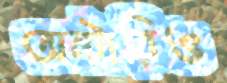
অন্টারিও